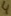
Text: 4